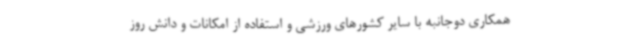
همکاری دوجانبه با سایر کشورهای ورزشی و استفاده از امکانات و دانش روز